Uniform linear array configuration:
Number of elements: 8
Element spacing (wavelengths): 1
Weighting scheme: uniform
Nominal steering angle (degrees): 15
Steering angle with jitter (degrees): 14.625
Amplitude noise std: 0.05
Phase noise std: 0.05

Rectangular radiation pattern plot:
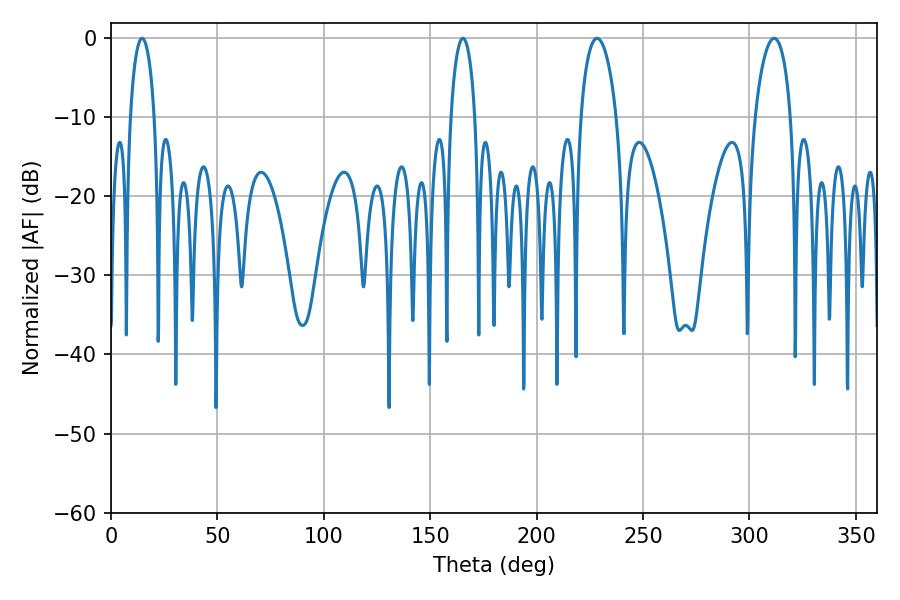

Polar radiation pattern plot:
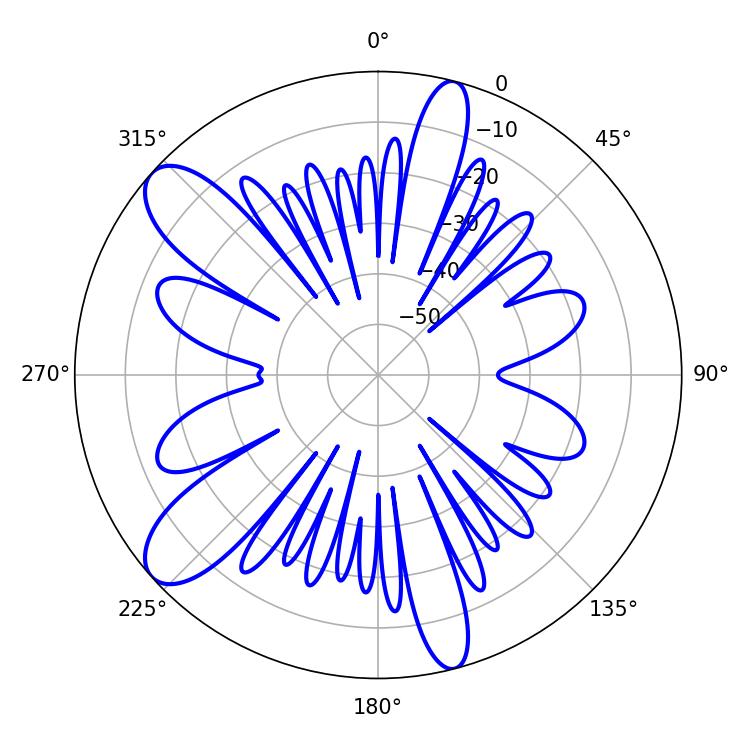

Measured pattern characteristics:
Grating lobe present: TRUE
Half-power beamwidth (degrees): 9.54
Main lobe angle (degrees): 228.42